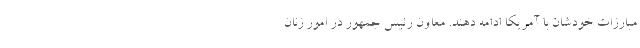
مبارزات خودشان با آمریکا ادامه دهند. معاون رئیس جمهور در امور زنان